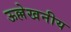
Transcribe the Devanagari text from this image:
ऊल्लेखनीय